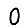
Digit: 0